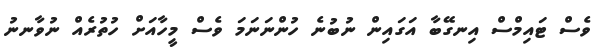
ވެސް ޓައިމްސް އިނގޭބާ އަގައިން ނުބުނެ ހުންނަނަމަ ވެސް މީހާއަށް ހުތުރެއް ނުވާނނު